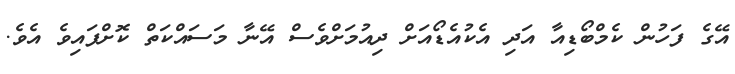
އޭގެ ފަހުން ކެމްބޯޑިއާ އަދި އެކުއެޑޯއަށް ދިއުމަށްވެސް އޭނާ މަސައްކަތް ކޮށްފައިވެ އެވެ.